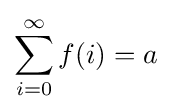
\sum _{i=0}^{\infty }f(i)=a